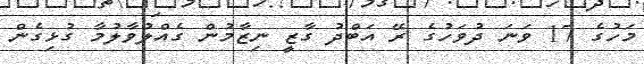
މަހުގެ 17 ވަނަ ދުވަހުގެ ރޭ އަބްދު ގާޒީ ނިޒާމުން ގެއްލުވާލުމާ ގުޅިގެން